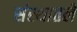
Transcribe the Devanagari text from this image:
संस्थातले